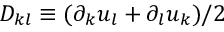
D _ { k l } \equiv ( \partial _ { k } u _ { l } + \partial _ { l } u _ { k } ) / 2